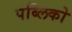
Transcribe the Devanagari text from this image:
पब्लिको